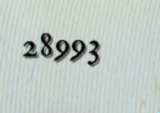
28993